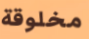
مخلوقة